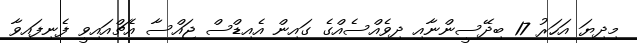
މިދިޔަ އަހަރު 17 ބިދޭސީންނާއި ދިވެއްސެއްގެ ގައިން އެއިޑްސް ޖައްސާ އެޗްއައިވީ ފެނިފައިވާ